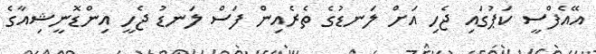
އޭއެފްސީ ކަޕުގައި ޖެހި އަށް ލަނޑުގެ ތެރެއިން ފަސް ލަނޑު ޖެހީ އިންޑޮނީޝިއާގެ